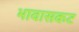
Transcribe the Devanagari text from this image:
भावासकट